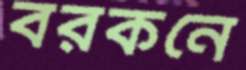
বরকনে